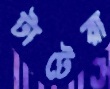
টাটেরা